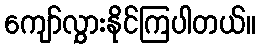
ကျော်လွှားနိုင်ကြပါတယ်။